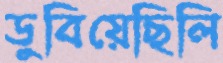
ডুবিয়েছিলি